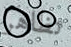
تظاهر